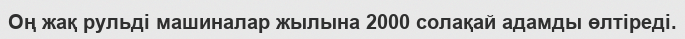
Оң жақ рульді машиналар жылына 2000 солақай адамды өлтіреді.